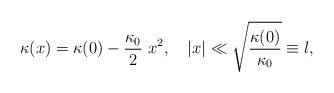
LaTeX: \begin{align*}\kappa(x) = \kappa(0) - \frac{\kappa_0}{2}~x^2,~~~|x|\ll\sqrt{\frac{\kappa(0)}{\kappa_0}}\equiv l,\end{align*}